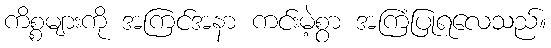
ကိစ္စများကို အကြင်အနာ ကင်းမဲ့စွာ အကြံပြုရလေသည်။